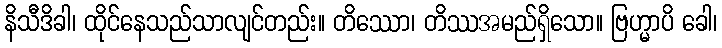
နိသီဒိခါ၊ ထိုင်နေသည်သာလျင်တည်း။ တိဿော၊ တိဿအမည်ရှိသော။ ဗြဟ္မာပိ ခေါ၊